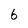
Character: 6